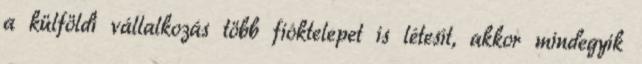
a külföldi vállalkozás több fióktelepet is létesít, akkor mindegyik